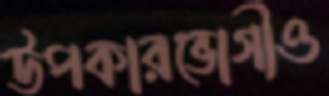
উপকারভোগীও